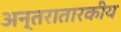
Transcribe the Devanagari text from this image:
अन्तरातारकीय